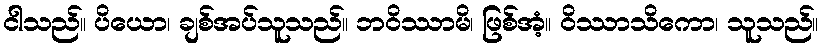
ငါသည်။ ပိယော၊ ချစ်အပ်သူသည်။ ဘဝိဿာမိ၊ ဖြစ်အံ့။ ဝိဿာသိကော၊ သူသည်။